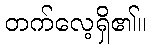
တက်လေ့ရှိ၏။